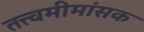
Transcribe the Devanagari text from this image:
तत्त्वमीमांसक